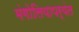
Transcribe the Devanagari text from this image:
मंगोलियापर्यंत